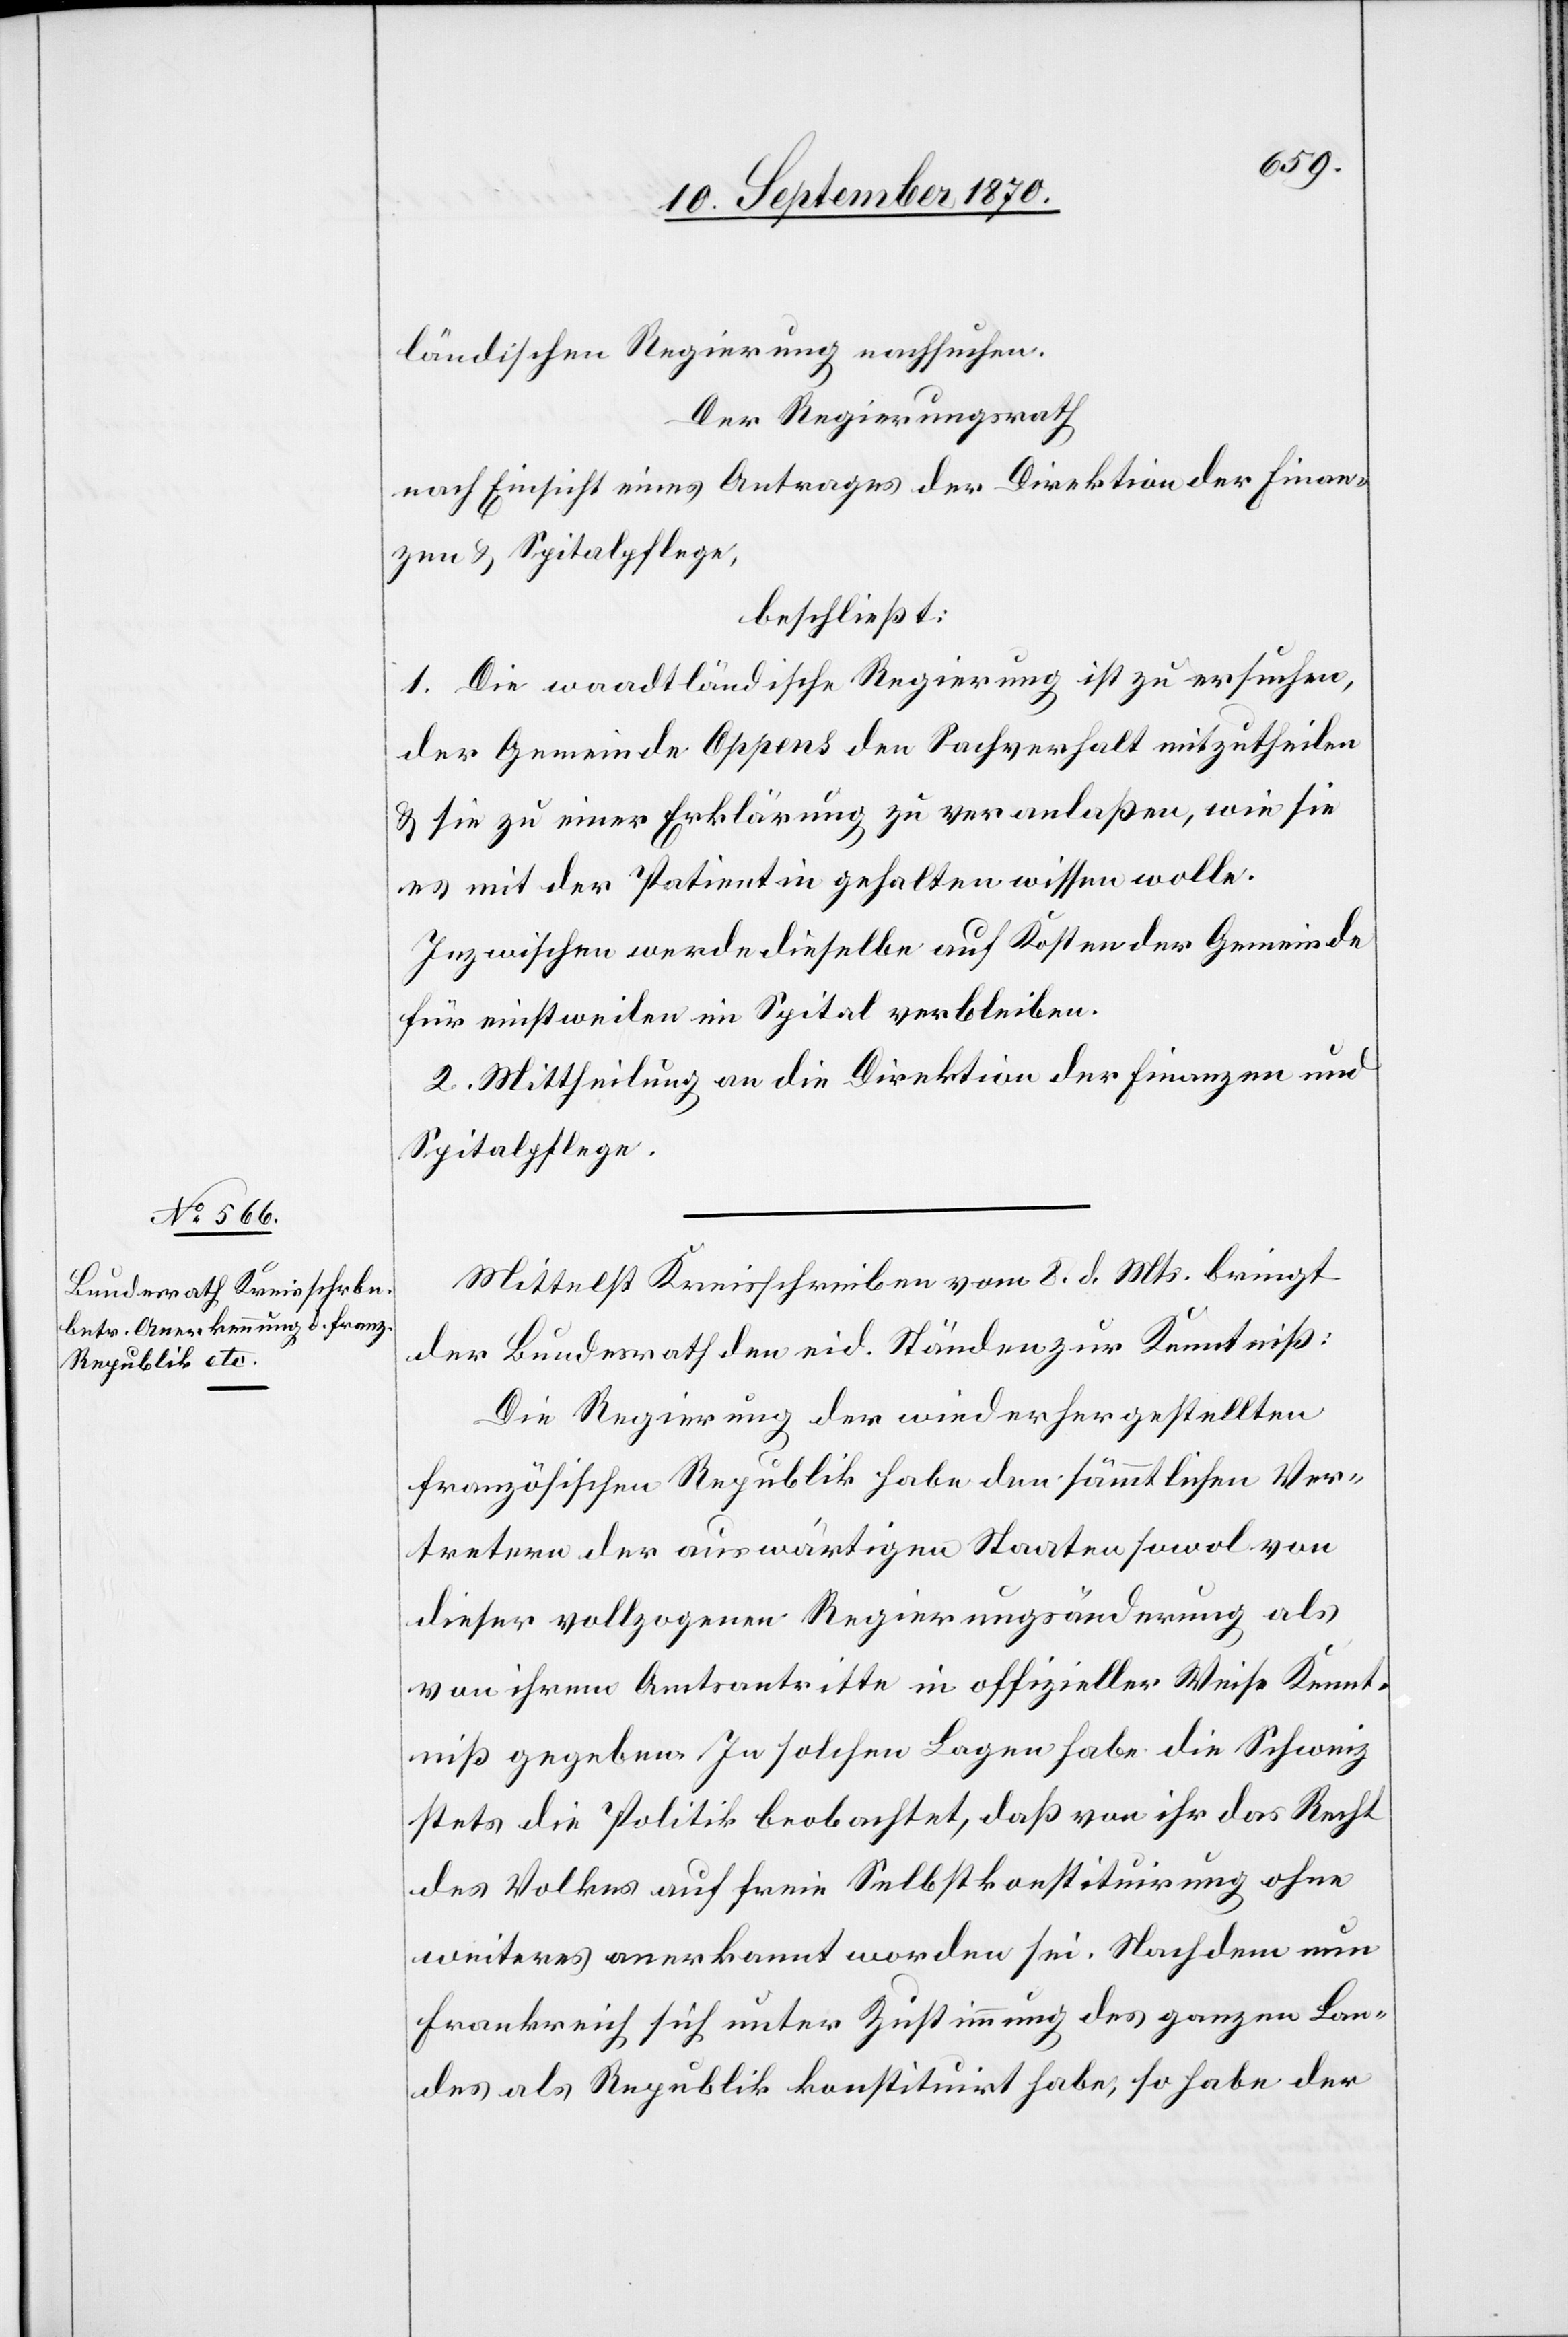
ländischen Regierung nachsuchen.
Der Regierungsrath
nach Einsicht eines Antrages der Direktion der Finan¬
zen & Spitalpflege,
beschließt:
1. Die waadtländische Regierung ist zu ersuchen,
der Gemeinde Oppens den Sachverhalt mitzutheilen
& sie zu einer Erklärung zu veranlaßen, wie sie
es mit der Patientin gehalten wissen wolle.
Inzwischen werde dieselbe auf Kosten der Gemeinde
für einstweilen im Spital verbleiben.
2. Mittheilung an die Direktion der Finanzen und
Spitalpflege.
Mittelst Kreisschreiben vom 8. d. Mts. bringt
der Bundesrath den eid. Ständen zur Kenntniß:
Die Regierung der wiederhergestellten
französischen Republik habe den sämmtlichen Ver¬
tretern der auswärtigen Staaten sowol von
dieser vollzogenen Regierungsänderung als
von ihrem Amtsantritte in offizieller Weise Kennt¬
niß gegeben. In solchen Lagen habe die Schweiz
stets die Politik beobachtet, daß von ihr das Recht
des Volkes auf freie Selbstkonstituirung ohne
weiteres anerkannt worden sei. Nachdem nun
Frankreich sich unter Zustimmung des ganzen Lan¬
des als Republik konstituirt habe, so habe der